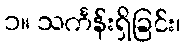
၁။ သင်္ကန်းရှိခြင်း၊